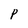
Character: P